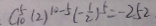
C _ { 1 0 } ^ { 5 } ( 2 ) ^ { 1 0 - 5 } ( - \frac { 1 } { 2 } ) ^ { 5 } = - 2 5 2 .